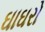
ઘાઘરો